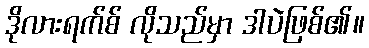
ဒိုလားရက်စ် လိုသည်မှာ ဒါပဲဖြစ်၏။